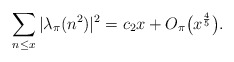
\begin{align*}\sum_{n \leq x}|\lambda_{\pi}(n^2)|^2=c_{2}x+O_{\pi}\big(x^{\frac{4}{5}}\big).\end{align*}